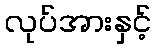
လုပ်အားနှင့်